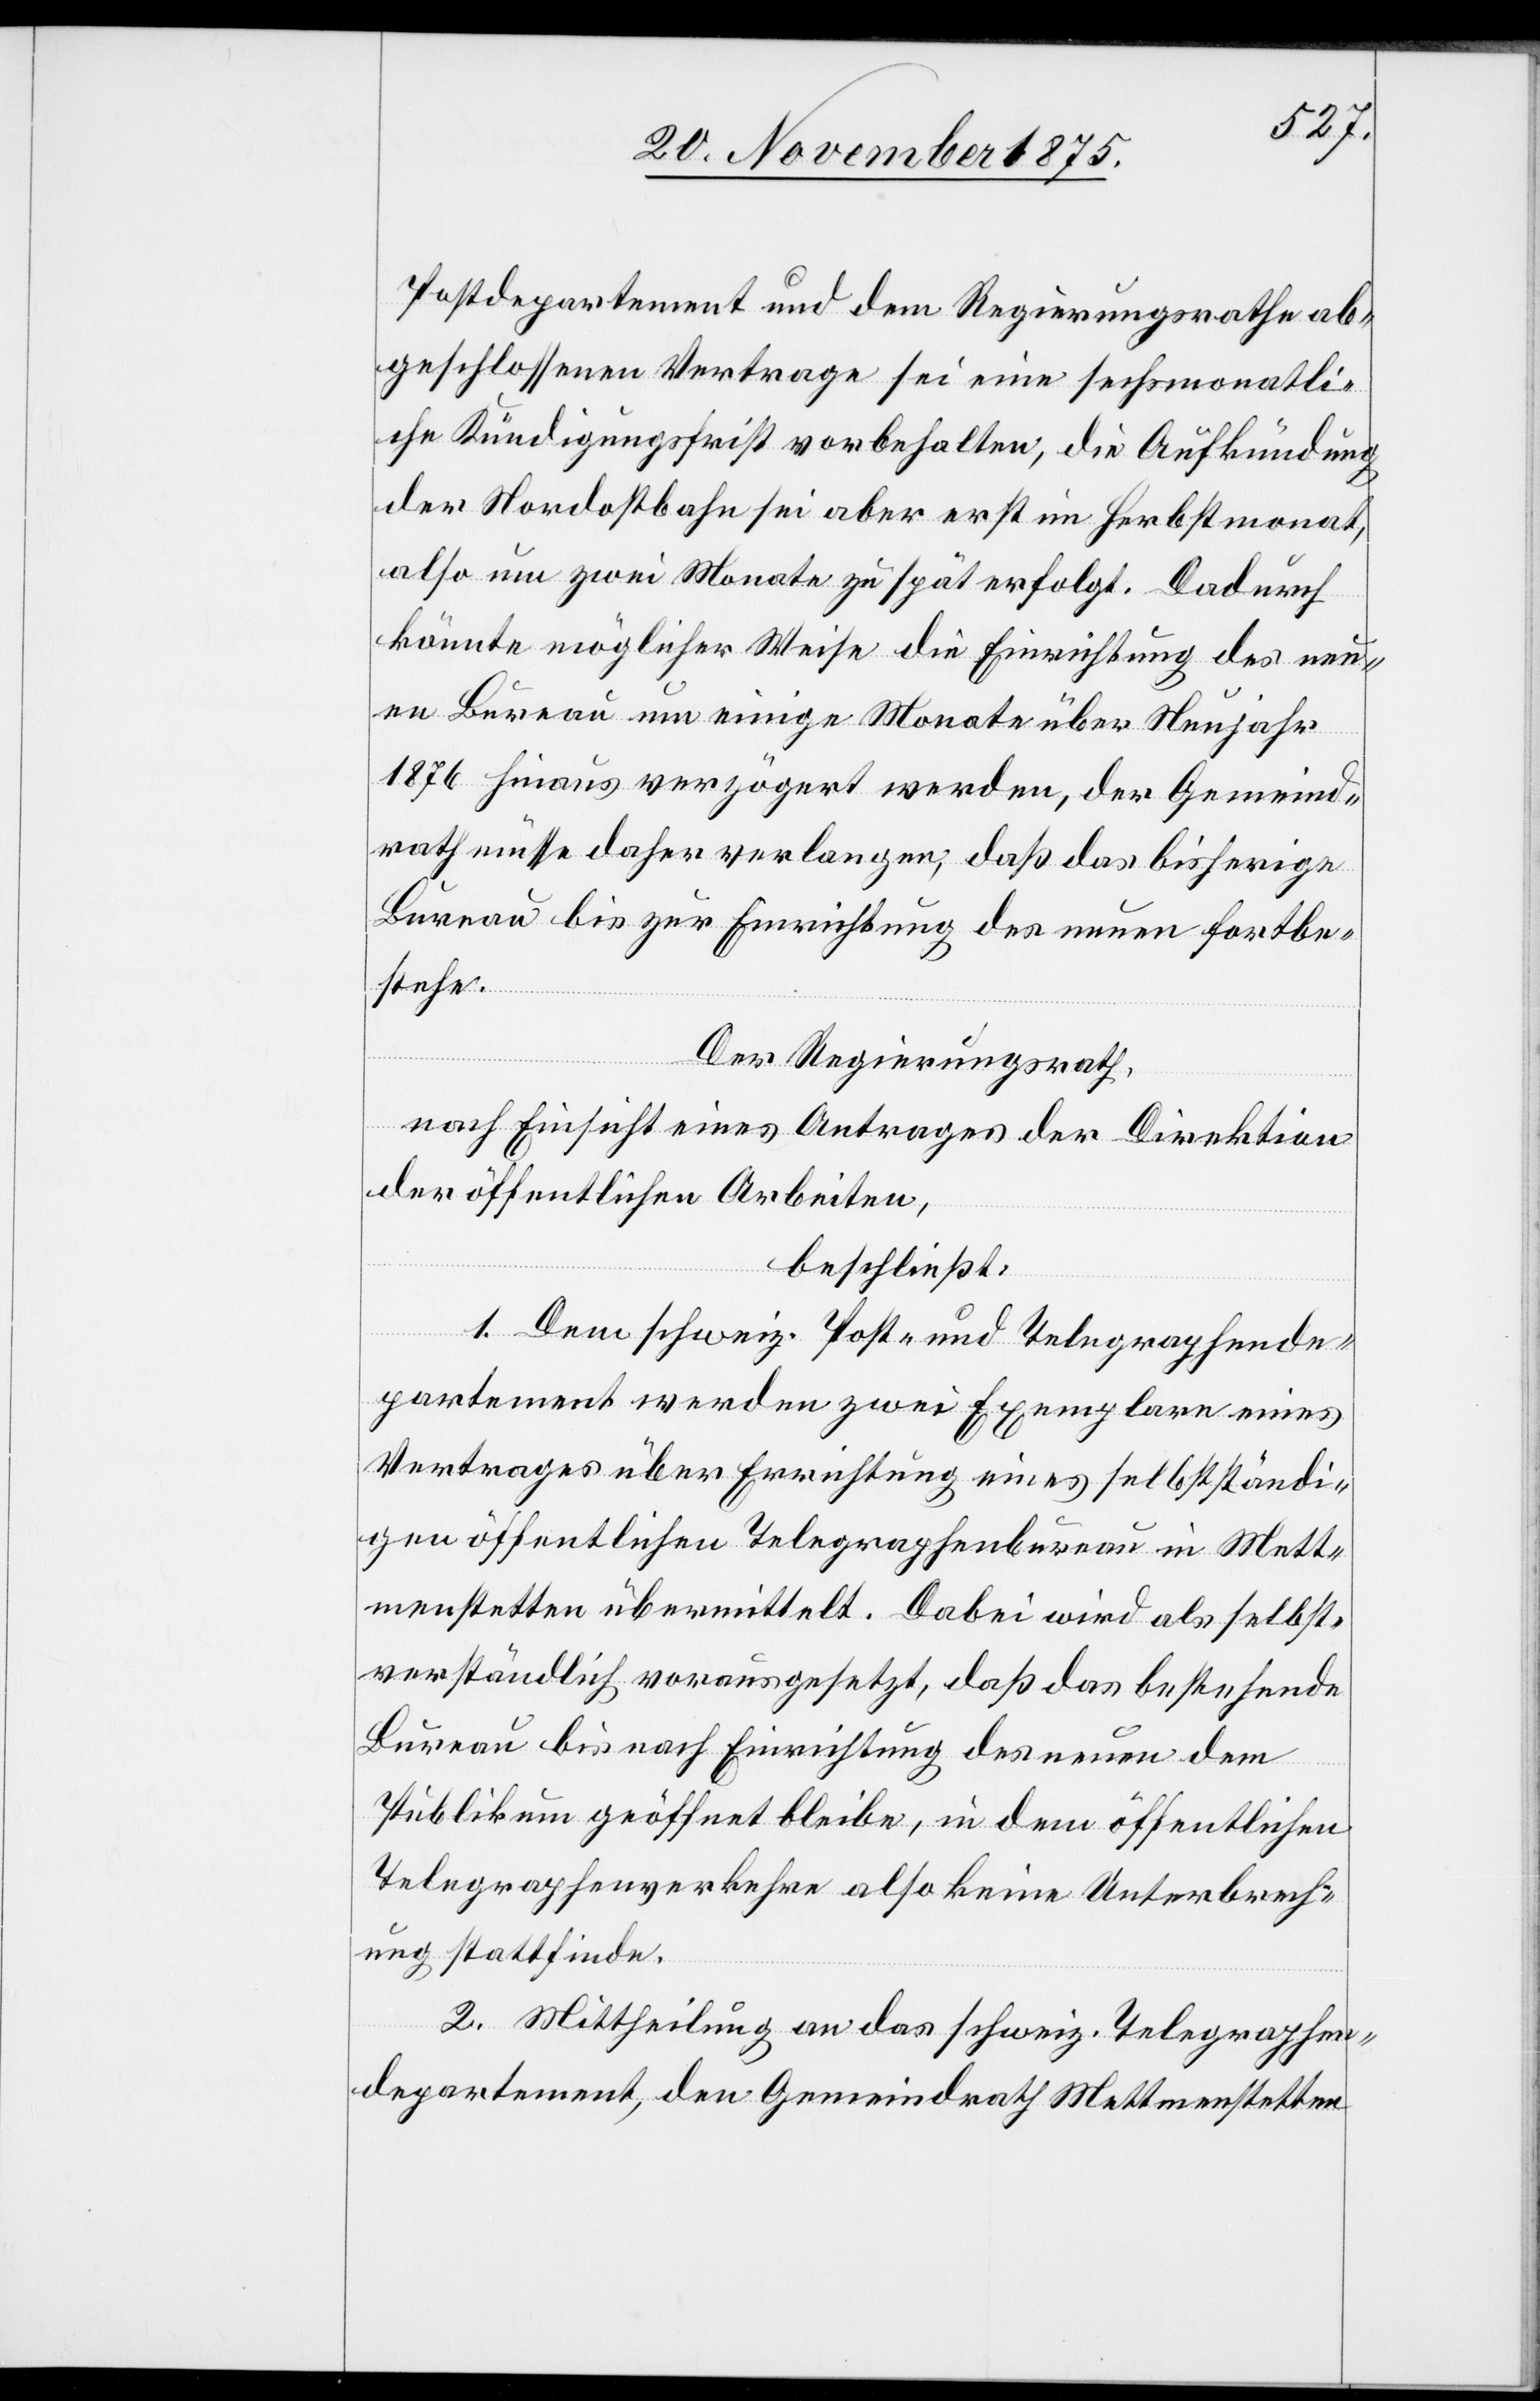
Postdepartement und dem Regierungsrathe ab¬
geschlossenen Vertrage sei eine sechsmonatli¬
che Kündigungsfrist vorbehalten, die Aufkündung
der Nordostbahn sei aber erst im Herbstmonat,
also um zwei Monate zu spät erfolgt. Dadurch
könnte möglicher Weise die Einrichtung des neu¬
en Bureau um einige Monate über Neujahr
1876 hinaus verzögert werden, der Gemeind¬
rath müsse daher verlangen, daß das bisherige
Bureau bis zur Einrichtung des neuen fortbe¬
stehe.
Der Regierungsrath,
nach Einsicht eines Antrages der Direktion
der öffentlichen Arbeiten,
beschließt:
1. Dem schweiz. Post- und Telegraphende¬
partement werden zwei Exemplare eines
Vertrages über Errichtung eines selbstständi¬
gen öffentlichen Telegraphenbureau in Mett¬
menstetten übermittelt. Dabei wird als selbst¬
verständlich vorausgesetzt, daß das bestehende
Bureau bis nach Einrichtung des neuen dem
Publikum geöffnet bleibe, in dem öffentlichen
Telegraphenverkehr also keine Unterbrech¬
ung stattfinde.
2. Mittheilung an das schweiz. Telegraphen¬
departement, den Gemeindrath Mettmenstetten